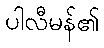
ပါလီမန်၏